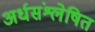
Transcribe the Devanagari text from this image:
अर्धसंश्लेषित